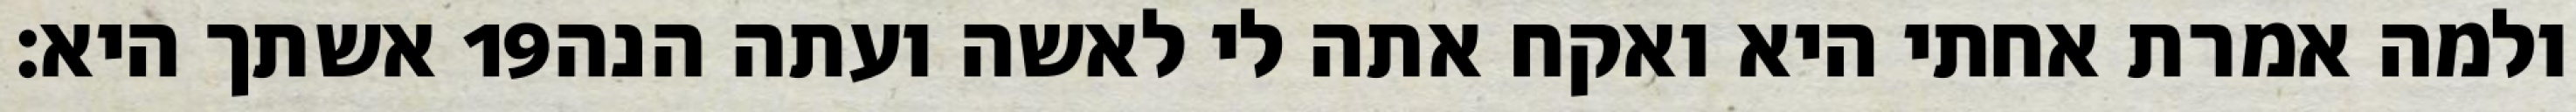
אשתך היא׃ ‎19‏ ולמה אמרת אחתי היא ואקח אתה לי לאשה ועתה הנה